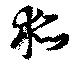
狐